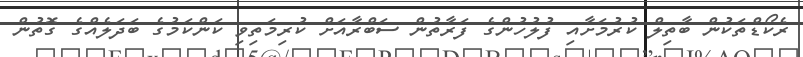
ރެކޯޑްތަކުން ބާތިލް ކުރުމަށާއި ފުލުހުންގެ ފަރާތުން ސަބްރާއަށް ކުރިމަތިވި ކަންކަމުގެ ބަދަލެއްގެ ގޮތުން